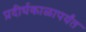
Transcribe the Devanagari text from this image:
प्रदीर्घकाळापर्यंत